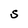
Character: S